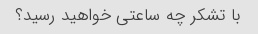
با تشکر چه ساعتی خواهید رسید؟